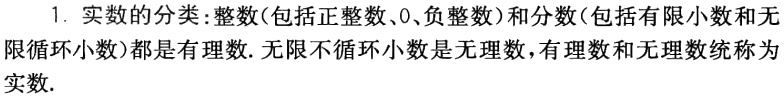
1. 实数的分类：整数(包括正整数、0、负整数)和分数(包括有限小数和无限循环小数)都是有理数. 无限不循环小数是无理数,有理数和无理数统称为